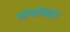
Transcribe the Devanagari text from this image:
वाघांबद्दल